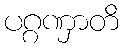
ပဂ္ဂဏှာတိ